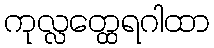
ကုလ္လတ္ထေရဂါထာ